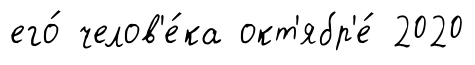
его́ челов'е́ка окт'ябр'е́ 2020